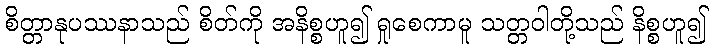
စိတ္တာနုပဿနာသည် စိတ်ကို အနိစ္စဟူ၍ ရှုစေကာမူ သတ္တဝါတို့သည် နိစ္စဟူ၍